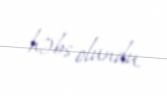
həbs olundu.